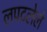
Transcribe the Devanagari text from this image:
लपटलेले